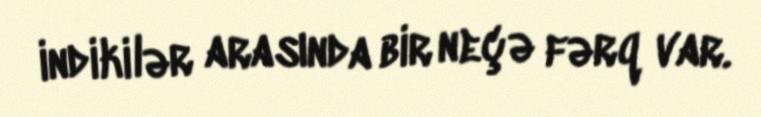
indikilər arasında bir neçə fərq var.